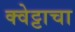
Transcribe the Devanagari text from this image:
क्वेट्टाचा